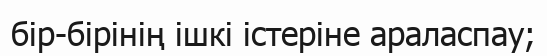
бір-бірінің ішкі істеріне араласпау;